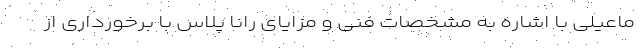
ماعیلی با اشاره به مشخصات فنی و مزایای رانا پلاس با برخورداری از